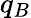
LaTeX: q_{B}